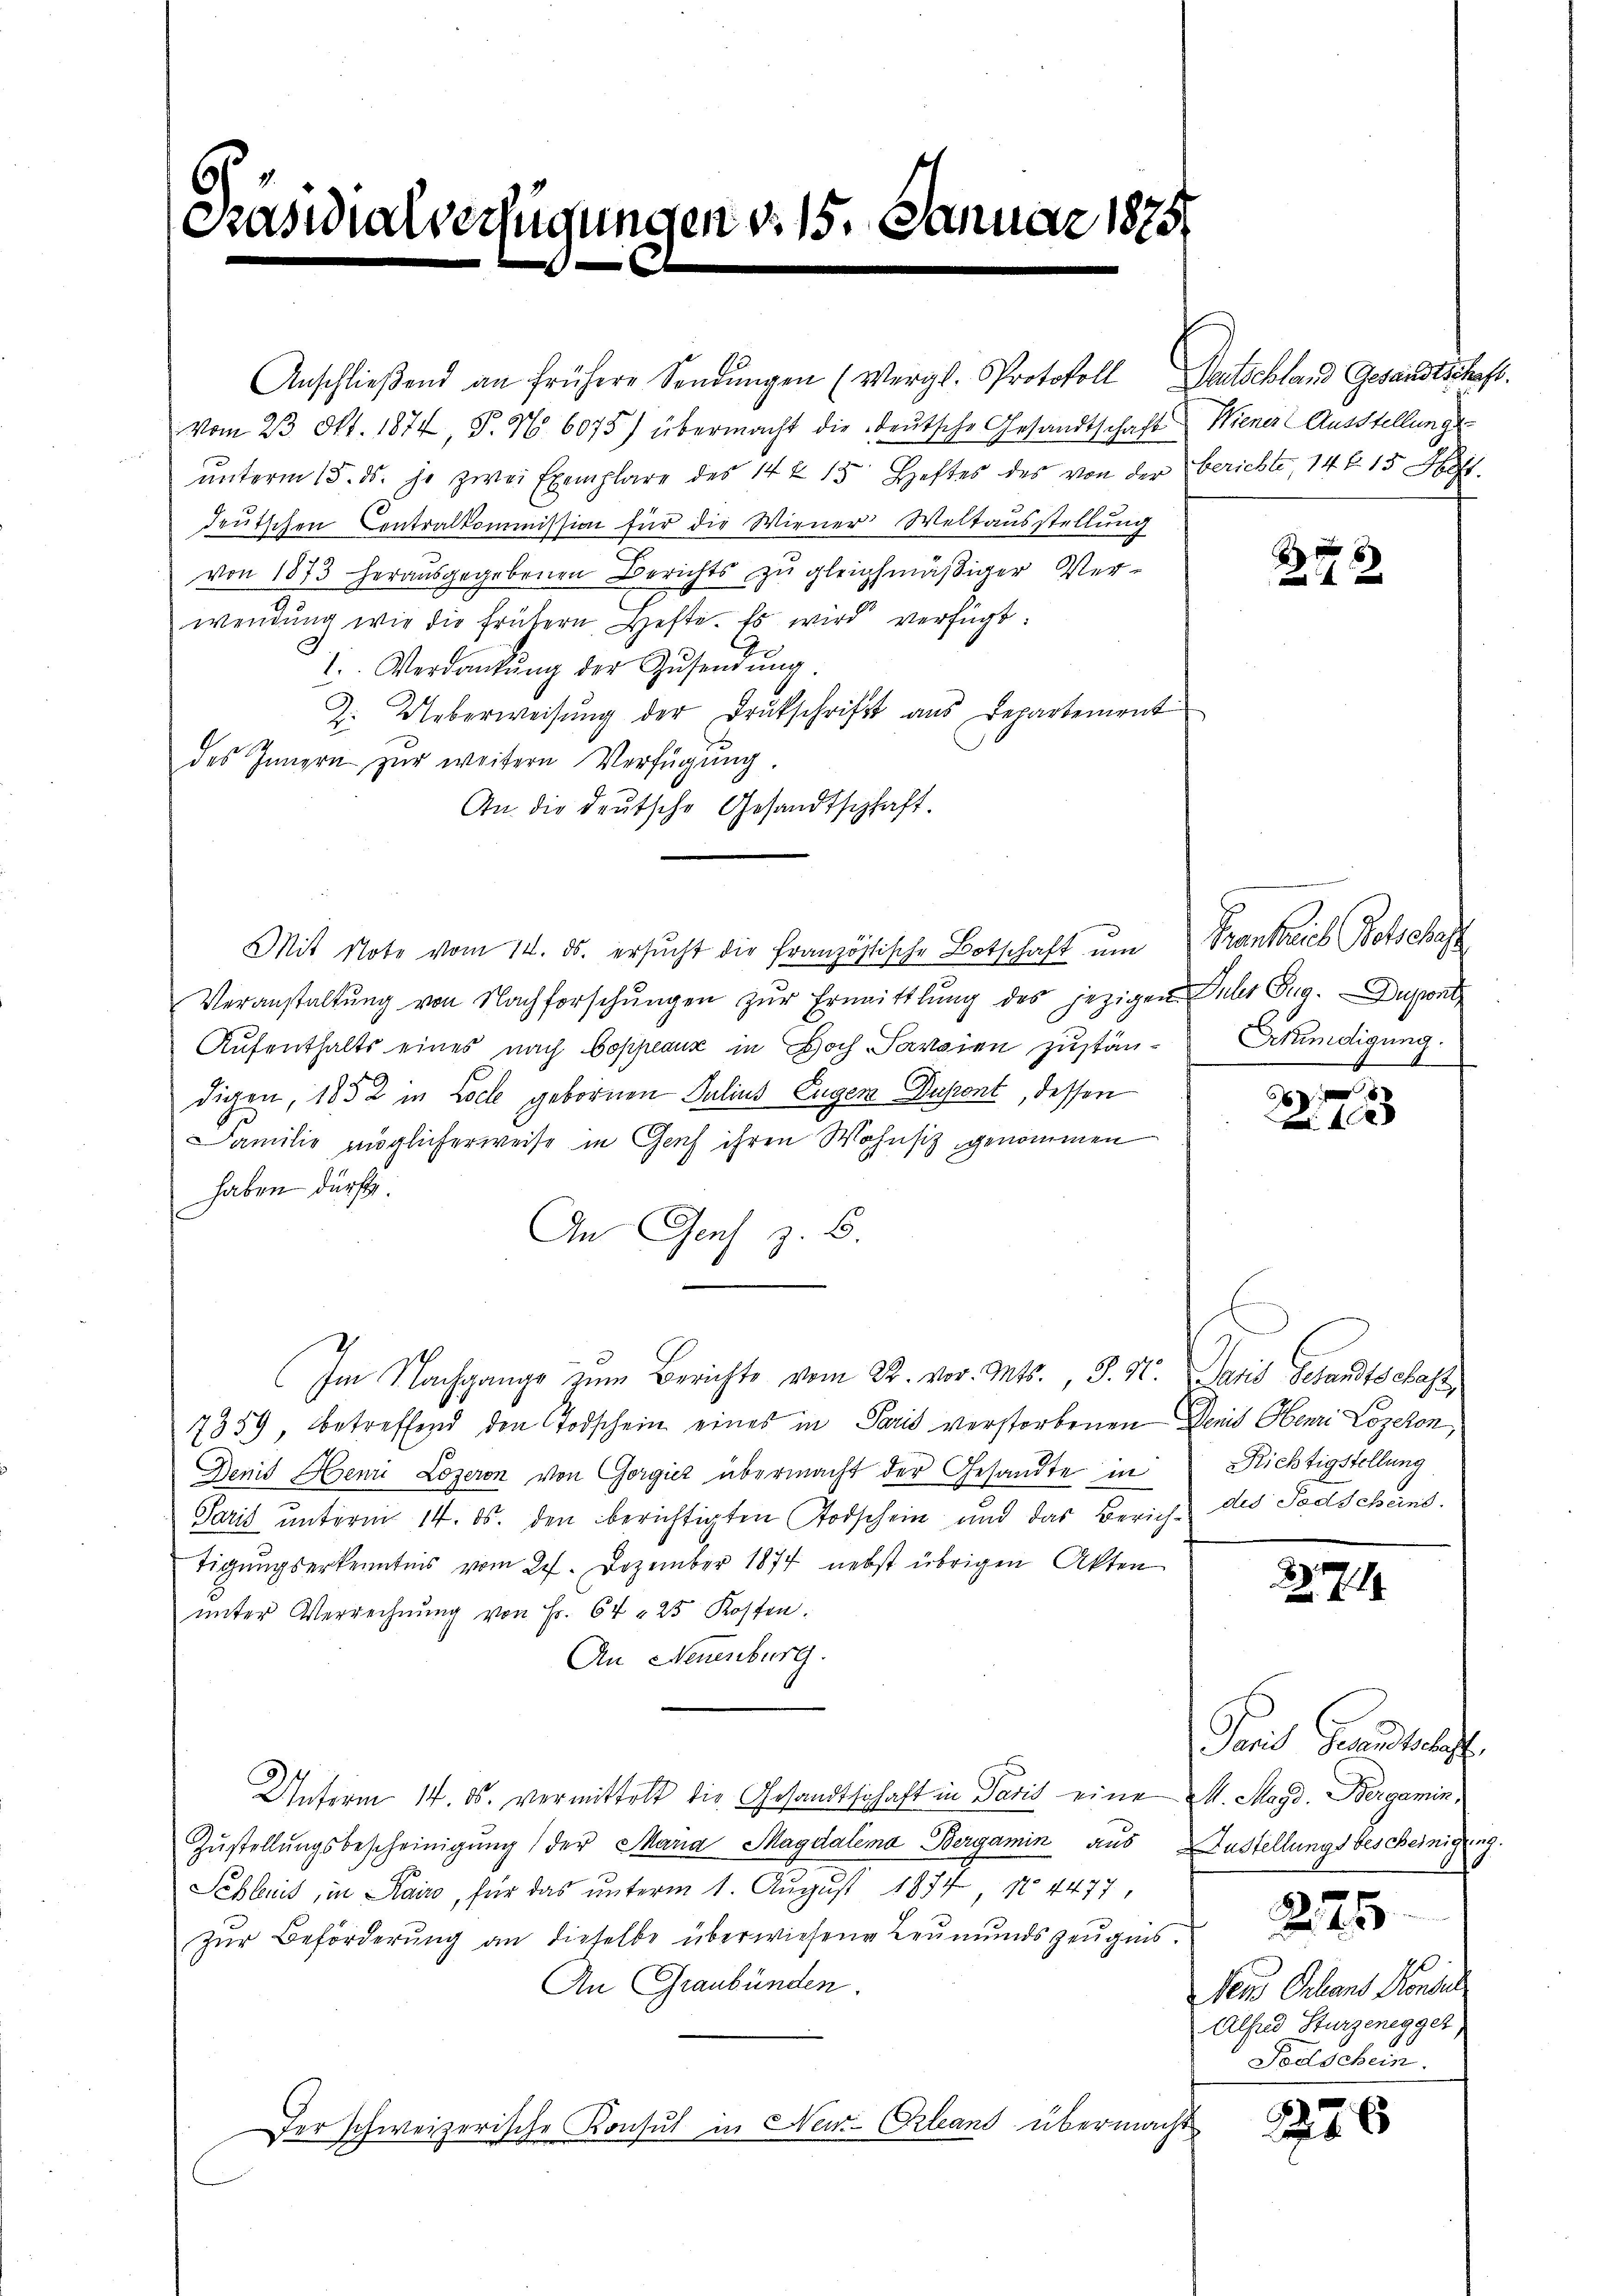
t

Anschlieβend an frühere Sendŭngen (Vergl. Protokoll Deutschland Gesandtschaft.
Vom 23. Okt. 1874, P. Nr. 6075) übermacht die deutsche Gesandtschaft Wiener Ausstellungsŭnterm 15. ds. je zwei Exemplare des 14 x 15 Heftes des von der berichte, 146. 15 Stift
deutschen Centralkommission für die Wiener Weltausstellung
von 1873 herausgegebenen Berichts zu gleichmäßiger Ver-
wendŭng wir die frühern Hefte. Es wird verfügt:
1. Verdankŭng der Zŭsendŭng.
Z. Ueberweisŭng der Drukschrift ans Departement
des Innern zur weitern Verfügŭng.
An die deutsche Gesandtschaft.
Mit Note vom 14. ds. ersucht die französische Botschaft um
Veranstaltŭng von Nachforschŭngen zŭr Ermittlung des jezigen Jahr Eug. Dugatz
Aufenthalts eines nach Coppeaux in Hoch-Sarsien zuständigen, 1852 in Loche gebornen Julius Eugen Dupent, dessen
Familie möglicherweise in Genf ihren Wohnsitz genommen
haben dürfte.
An Genf z. B.
Im Nachgange zum Berichte vom 22. vor. Mts., S. St. Jani Gesandtschaft,
7359, betreffend den Todschein eines in Paris verstorbenen Demis Oberni Lozekon,
Denit Henri Lozeron von Gorgicz übermacht der Gesandte in
Paris unterm 14. ds. den berichtigten Todschein und das Zürich des Todscheins.
tigungserkenntnis vom 27. Dezember 1874 nebst übrigen Akten
ŭnter Verrechnŭng von Fr. 64 = 25 Kosten.
An Neuenburg.
Unterm 14. ds. vermittelt die Gesandtschaft in Paris eine M. Magd. Bergamin,
Zŭstellŭngsbescheinigŭng der Maria Magdalena Bergamin aus Zustellungsbescheinigung.
Schleit, in Kairo, für das unterm 1. August 1874, No 4477,
zŭr Beförderŭng an dieselbe überwiesene Leŭmŭndszeŭgnis.
An Graubünden.
Der schweizerische Konsul in New-Orleand übermacht

.

valverfügungen d. 15. Januar 1875

Frankreich Golscha
Mundigung.

x
Richtigstellung

Tait Gesandtschaft
Wenn Schans Handel
Alfred Sturzenegget
Todschein.

8

10

2.7.19

276